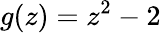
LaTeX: g(z)=z^{2}-2